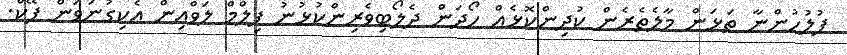
ފުލުހުންނާ ތަޅަން މާލެތެރެން ކުދިންކޮޅެއް ހޯދަން ދެލޯބިވެރިންކުޅުނު ފިލްމް ލަވްއިން އެކިގުނަވަން ފޭކް.